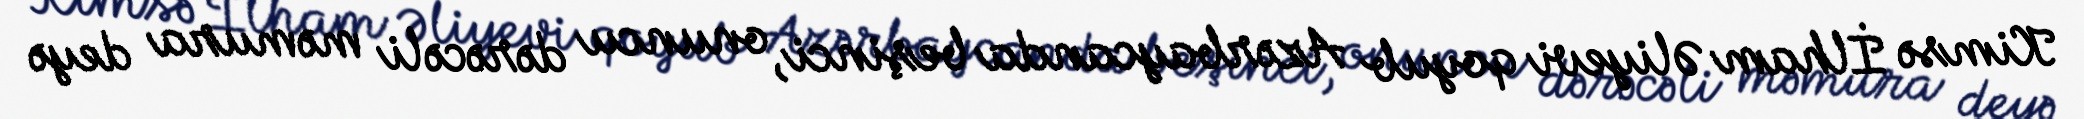
Kimsə İlham Əliyevi qoyub Azərbaycanda beşinci, onuncu dərəcəli məmura deyə